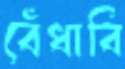
বেঁধাবি